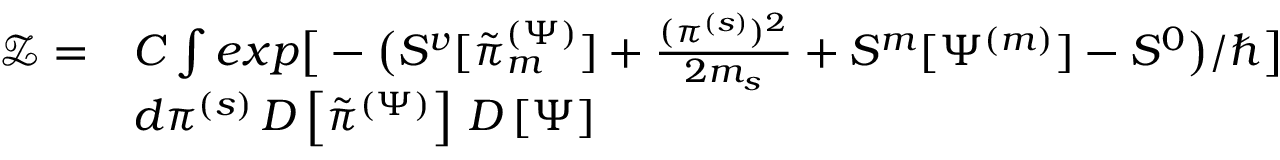
\begin{array} { r l } { \mathcal { Z } = } & { C \int e x p \big [ - \big ( S ^ { v } [ \tilde { \pi } _ { m } ^ { ( \Psi ) } ] + \frac { ( \pi ^ { ( s ) } ) ^ { 2 } } { 2 m _ { s } } + S ^ { m } [ \Psi ^ { ( m ) } ] - S ^ { 0 } \big ) / \hbar \big ] } \\ & { d \pi ^ { ( s ) } \, D \left[ \tilde { \pi } ^ { ( \Psi ) } \right] \, D \left[ \Psi \right] } \end{array}